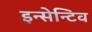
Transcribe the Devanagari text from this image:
इन्सेन्टिव